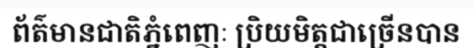
ព័ត៌មានជាតិភ្នំពេញៈ ប្រិយមិត្តជាច្រើនបាន